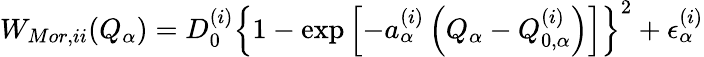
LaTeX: W_{Mor,ii}(Q_{\alpha})=D_{0}^{(i)}\left\{ 1-\exp\left[-a_{\alpha}^{(i)}\left(Q_{\alpha}-Q_{0,\alpha}^{(i)}\right)\right]\right\} ^{2}+\epsilon_{\alpha}^{(i)}